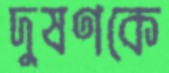
দুষণকে